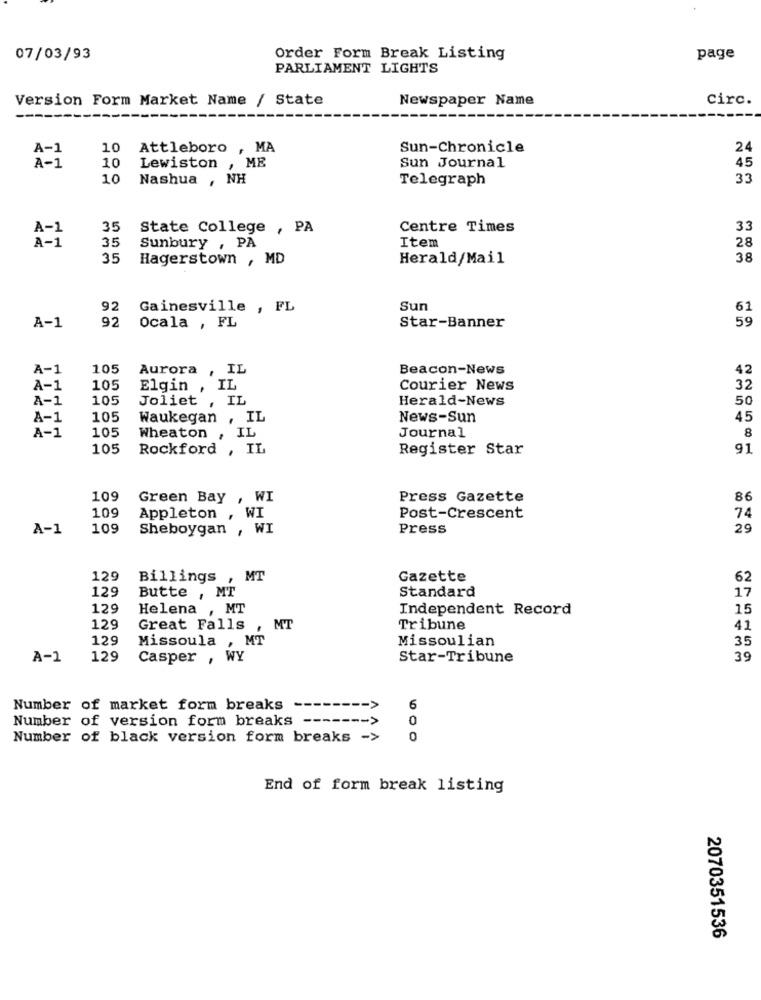
07/03/93
Order Form Break Listing
page
PARLIAMENT LIGHTS
Version Form Market Name / State
Newspaper Name
circ.
A-1
10
Attleboro , MA
Sun-Chronicle
24
10
45
A-1
Lewiston , ME
Sun Journal
10
Nashua , NH
Telegraph
33
A-1
35
State College , PA
Centre Times
33
35
Item
28
A-1
Sunbury , PA
35
Hagerstown , MD
Herald/Mail
38
92
Gainesville , FL
Sun
92
A-1
Ocala , FL
Star-Banner
A-1
105
Aurora , IL
Beacon-News
42
A-1
105
Elgin , IL
Courier News
32
A-1
105
Joliet , IL
Herald-News
50
A-1
105
Waukegan , IL
News-Sun
45
105
A-1
Wheaton , IL
Journal
8
105
Rockford , IL
Register Star
91
109
Green Bay , WI
Press Gazette
86
109
Appleton , WI
Post-Crescent
74
A-1
109
Sheboygan , WI
Press
29
129
Billings
MT
Gazette
62
129
Butte , MT
Standard
17
129
Helena , MT
Independent Record
15
129
Great Falls
MT
Tribune
41
129
MT
Missoulian
35
Missoula ,
A-1
129
Casper , WY
Star-Tribune
39
Number of market form breaks
----- >
6
Number of version form breaks -
0
Number of black version form breaks ->
0
End of form break listing
2070351536